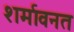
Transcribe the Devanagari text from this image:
शर्मावनत